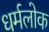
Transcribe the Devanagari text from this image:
धर्मलोक